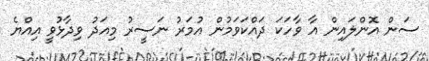
ސަން އޮންލައިން އާ ވާހަކަ ދައްކަވަމުން އުމަރު ނަސީރު މިއަދު ވިދާޅުވީ އިއްޔެ